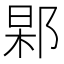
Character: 𨜍